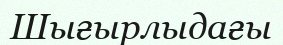
Шығырлыдағы